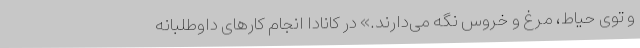
و توی حیاط، مرغ و خروس نگه می‌دارند.» در کانادا انجام کارهای داوطلبانه